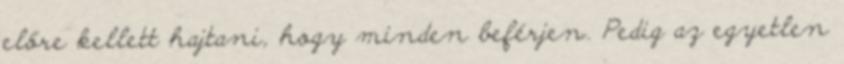
előre kellett hajtani, hogy minden beférjen. Pedig az egyetlen